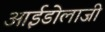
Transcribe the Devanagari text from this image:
आईडोलाजी